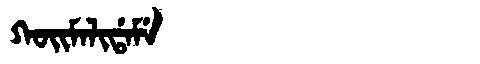
Manchu: ᡴᠣᡳᠮᠠᠯᡳᡩᠠᠮᡝ
Romanization: KOIMALIDAME